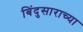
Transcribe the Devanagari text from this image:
बिंदुसाराच्या